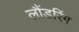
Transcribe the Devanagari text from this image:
लौंडरिंग